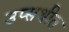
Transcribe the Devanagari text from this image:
उप्सथीत